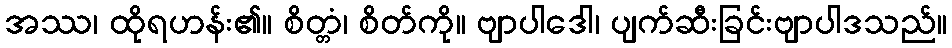
အဿ၊ ထိုရဟန်း၏။ စိတ္တံ၊ စိတ်ကို။ ဗျာပါဒေါ၊ ပျက်ဆီးခြင်းဗျာပါဒသည်။